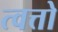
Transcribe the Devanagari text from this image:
त्वत्तो